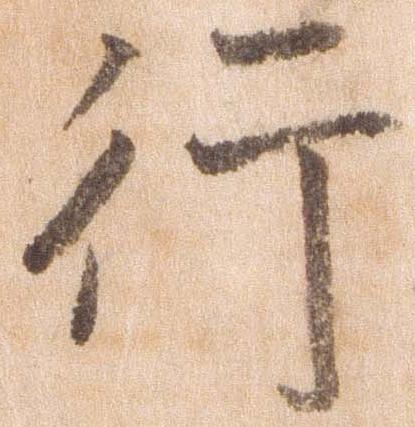
行